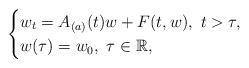
LaTeX: \begin{align*}\begin{cases}w_t=A_{(a)}(t)w+F(t,w),\ t>\tau,\\w(\tau)=w_0,\ \tau\in\mathbb{R},\end{cases} \end{align*}